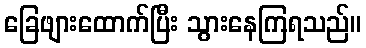
ခြေဖျားထောက်ပြီး သွားနေကြရသည်။